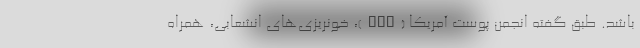
باشد. طبق گفته انجمن پوست آمریکا (AAD)، خونریزی‌های انشعابی، همراه